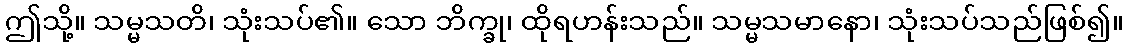
ဤသို့။ သမ္မသတိ၊ သုံးသပ်၏။ သော ဘိက္ခု၊ ထိုရဟန်းသည်။ သမ္မသမာနော၊ သုံးသပ်သည်ဖြစ်၍။